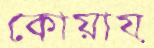
কোয়ায়